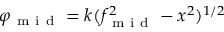
\varphi _ { \mathrm { ~ m ~ i ~ d ~ } } = k ( f _ { \mathrm { ~ m ~ i ~ d ~ } } ^ { 2 } - x ^ { 2 } ) ^ { 1 / 2 }